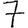
Digit: 7